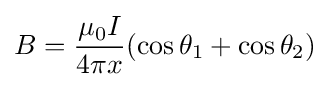
B={\frac {\mu _{0}I}{4\pi x}}(\cos \theta _{1}+\cos \theta _{2})